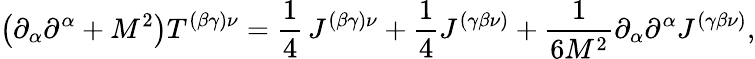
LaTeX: \left(\partial_{\alpha}\partial^{\alpha}+M^{2}\right)T^{(\beta\gamma)\nu}=\frac{1}{4}\, J^{(\beta\gamma)\nu}+\frac{1}{4}J^{(\gamma\beta\nu)}+\frac{1}{6M^{2}}\partial_{\alpha}\partial^{\alpha}J^{\left(\gamma\beta\nu\right)},